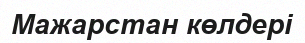
Мажарстан көлдері